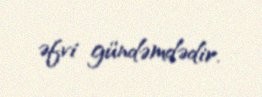
əfvi gündəmdədir.